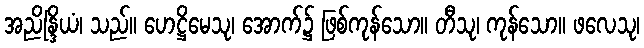
အညိန္ဒြိယံ၊ သည်။ ဟေဋ္ဌိမေသု၊ အောက်၌ ဖြစ်ကုန်သော။ တီသု၊ ကုန်သော။ ဖလေသု၊